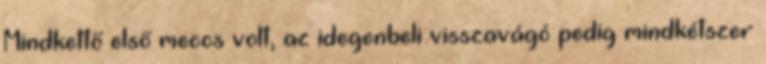
Mindkettő első meccs volt, az idegenbeli visszavágó pedig mindkétszer